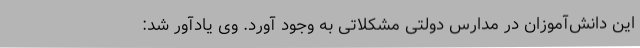
این دانش‌آموزان در مدارس دولتی مشکلاتی به وجود آورد. وی یادآور شد: